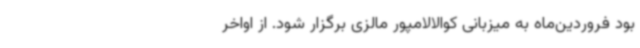
بود فروردین‌ماه به میزبانی کوالالامپور مالزی برگزار شود. از اواخر